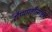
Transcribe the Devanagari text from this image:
रौप्यमहौत्सवी